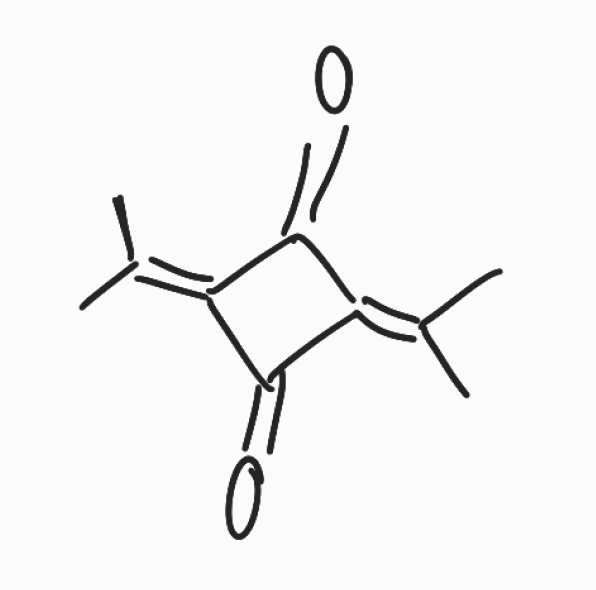
Simplified molecular-input line-entry system (SMILES) notation of the given molecule:
CC(=C1C(=O)C(=C(C)C)C1=O)C